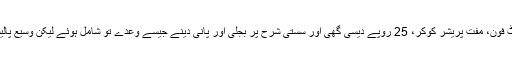
لوگوںکو مفت لیپ ٹاپ ، مفت اسمارٹ فون، مفت پریشر کوکر، 25 روپے دیسی گھی اور سستی شرح پر بجلی اور پانی دینے جیسے وعدے تو شامل ہوئے لیکن وسیع پالیسیوں پر مبنی پروگراموںکا فقدان رہا۔